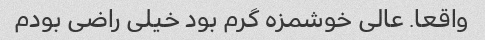
واقعا. عالی خوشمزه گرم بود خیلی راضی بودم